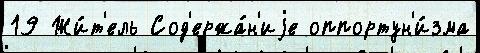
19 Жи́т'ель Сод'ержа́н'иjе оппортун'и́зма